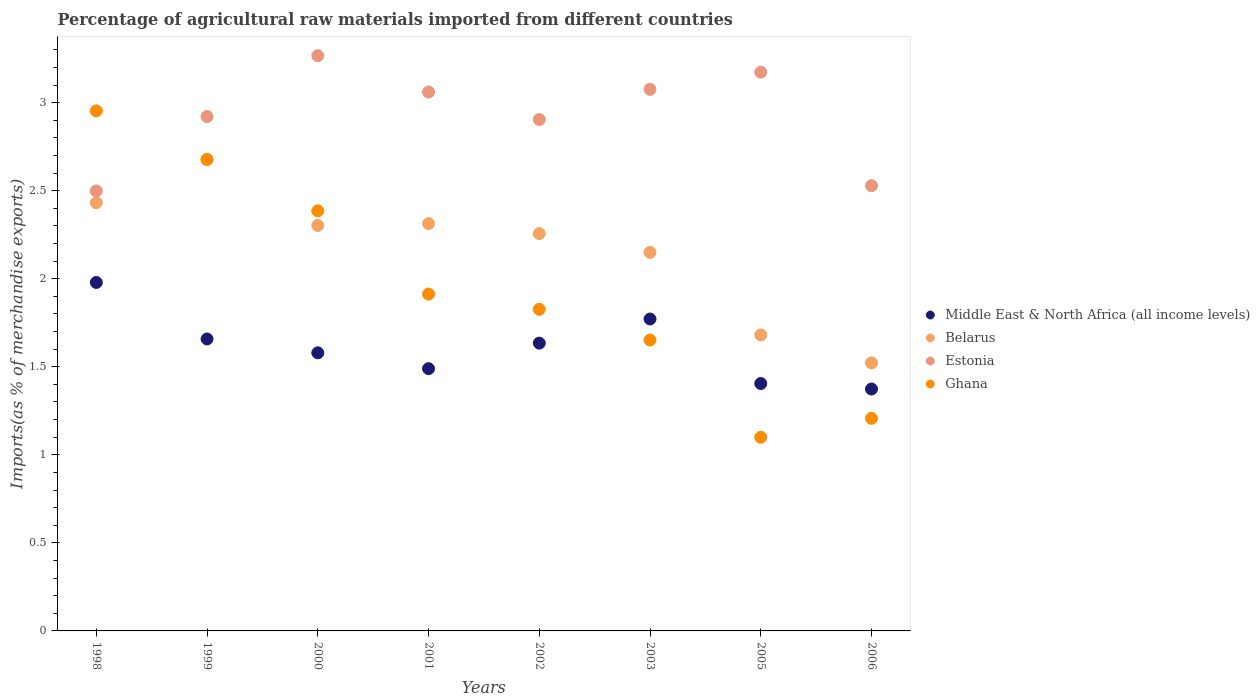
| Years | Middle East & North Africa (all income levels) | Belarus | Estonia | Ghana |
 | --- | --- | --- | --- | --- |
 | 1998 | 1.98 | 2.43 | 2.5 | 2.95 |
 | 1999 | 1.66 | 2.68 | 2.92 | 2.68 |
 | 2000 | 1.58 | 2.3 | 3.27 | 2.39 |
 | 2001 | 1.49 | 2.31 | 3.06 | 1.91 |
 | 2002 | 1.63 | 2.26 | 2.9 | 1.83 |
 | 2003 | 1.77 | 2.15 | 3.08 | 1.65 |
 | 2005 | 1.4 | 1.68 | 3.17 | 1.1 |
 | 2006 | 1.37 | 1.52 | 2.53 | 1.21 |